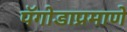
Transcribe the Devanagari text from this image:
पॅगोडाप्रमाणे